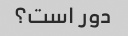
دور است؟